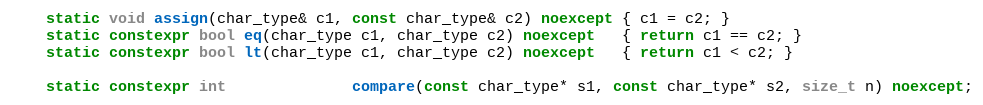
Language: C++
    static void assign(char_type& c1, const char_type& c2) noexcept { c1 = c2; }
    static constexpr bool eq(char_type c1, char_type c2) noexcept   { return c1 == c2; }
    static constexpr bool lt(char_type c1, char_type c2) noexcept   { return c1 < c2; }

    static constexpr int              compare(const char_type* s1, const char_type* s2, size_t n) noexcept;